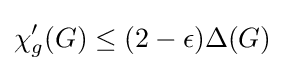
\chi '_{g}(G)\leq (2-\epsilon )\Delta (G)